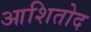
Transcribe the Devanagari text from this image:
आशितोद